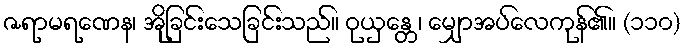
ဇရာမရဏေန၊ အိုခြင်းသေခြင်းသည်။ ဝုယှန္တေ၊ မျှောအပ်လေကုန်၏။ (၁၁၀)